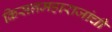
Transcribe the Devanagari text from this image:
किसनमहाराजांची